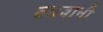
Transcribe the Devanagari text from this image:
वधवानी